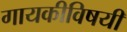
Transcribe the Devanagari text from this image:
गायकीविषयी